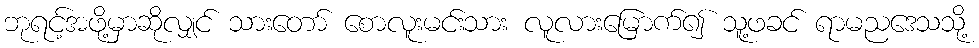
ဘုရင့်အဖို့မှာဆိုလျှင် သားတော် စောလူးမင်းသား လူလားမြောက်၍ သူ့ဖခင် ရာမညဒေသသို့